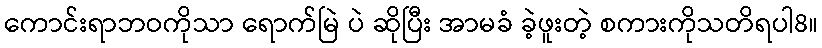
ကောင်းရာဘဝကိုသာ ရောက်မြဲ ပဲ ဆိုပြီး အာမခံ ခဲ့ဖူးတဲ့ စကားကိုသတိရပါ8။